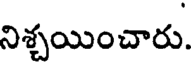
నిశ్చయించారు.